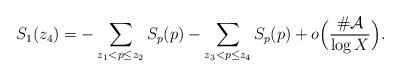
LaTeX: \begin{align*}S_1(z_4)=-\sum_{z_1<p\le z_2}S_p(p)-\sum_{z_3<p\le z_4}S_p(p)+o\Bigl(\frac{\#\mathcal{A}{}}{\log{X}}\Bigr).\end{align*}